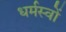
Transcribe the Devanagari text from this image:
धर्मस्वों